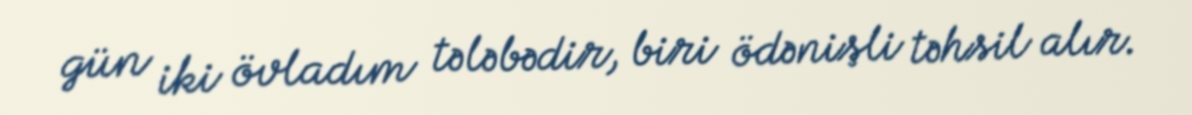
gün iki övladım tələbədir, biri ödənişli təhsil alır.